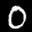
Label: 0